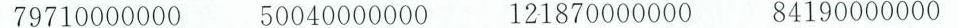
79710000000 50040000000 121870000000 84190000000